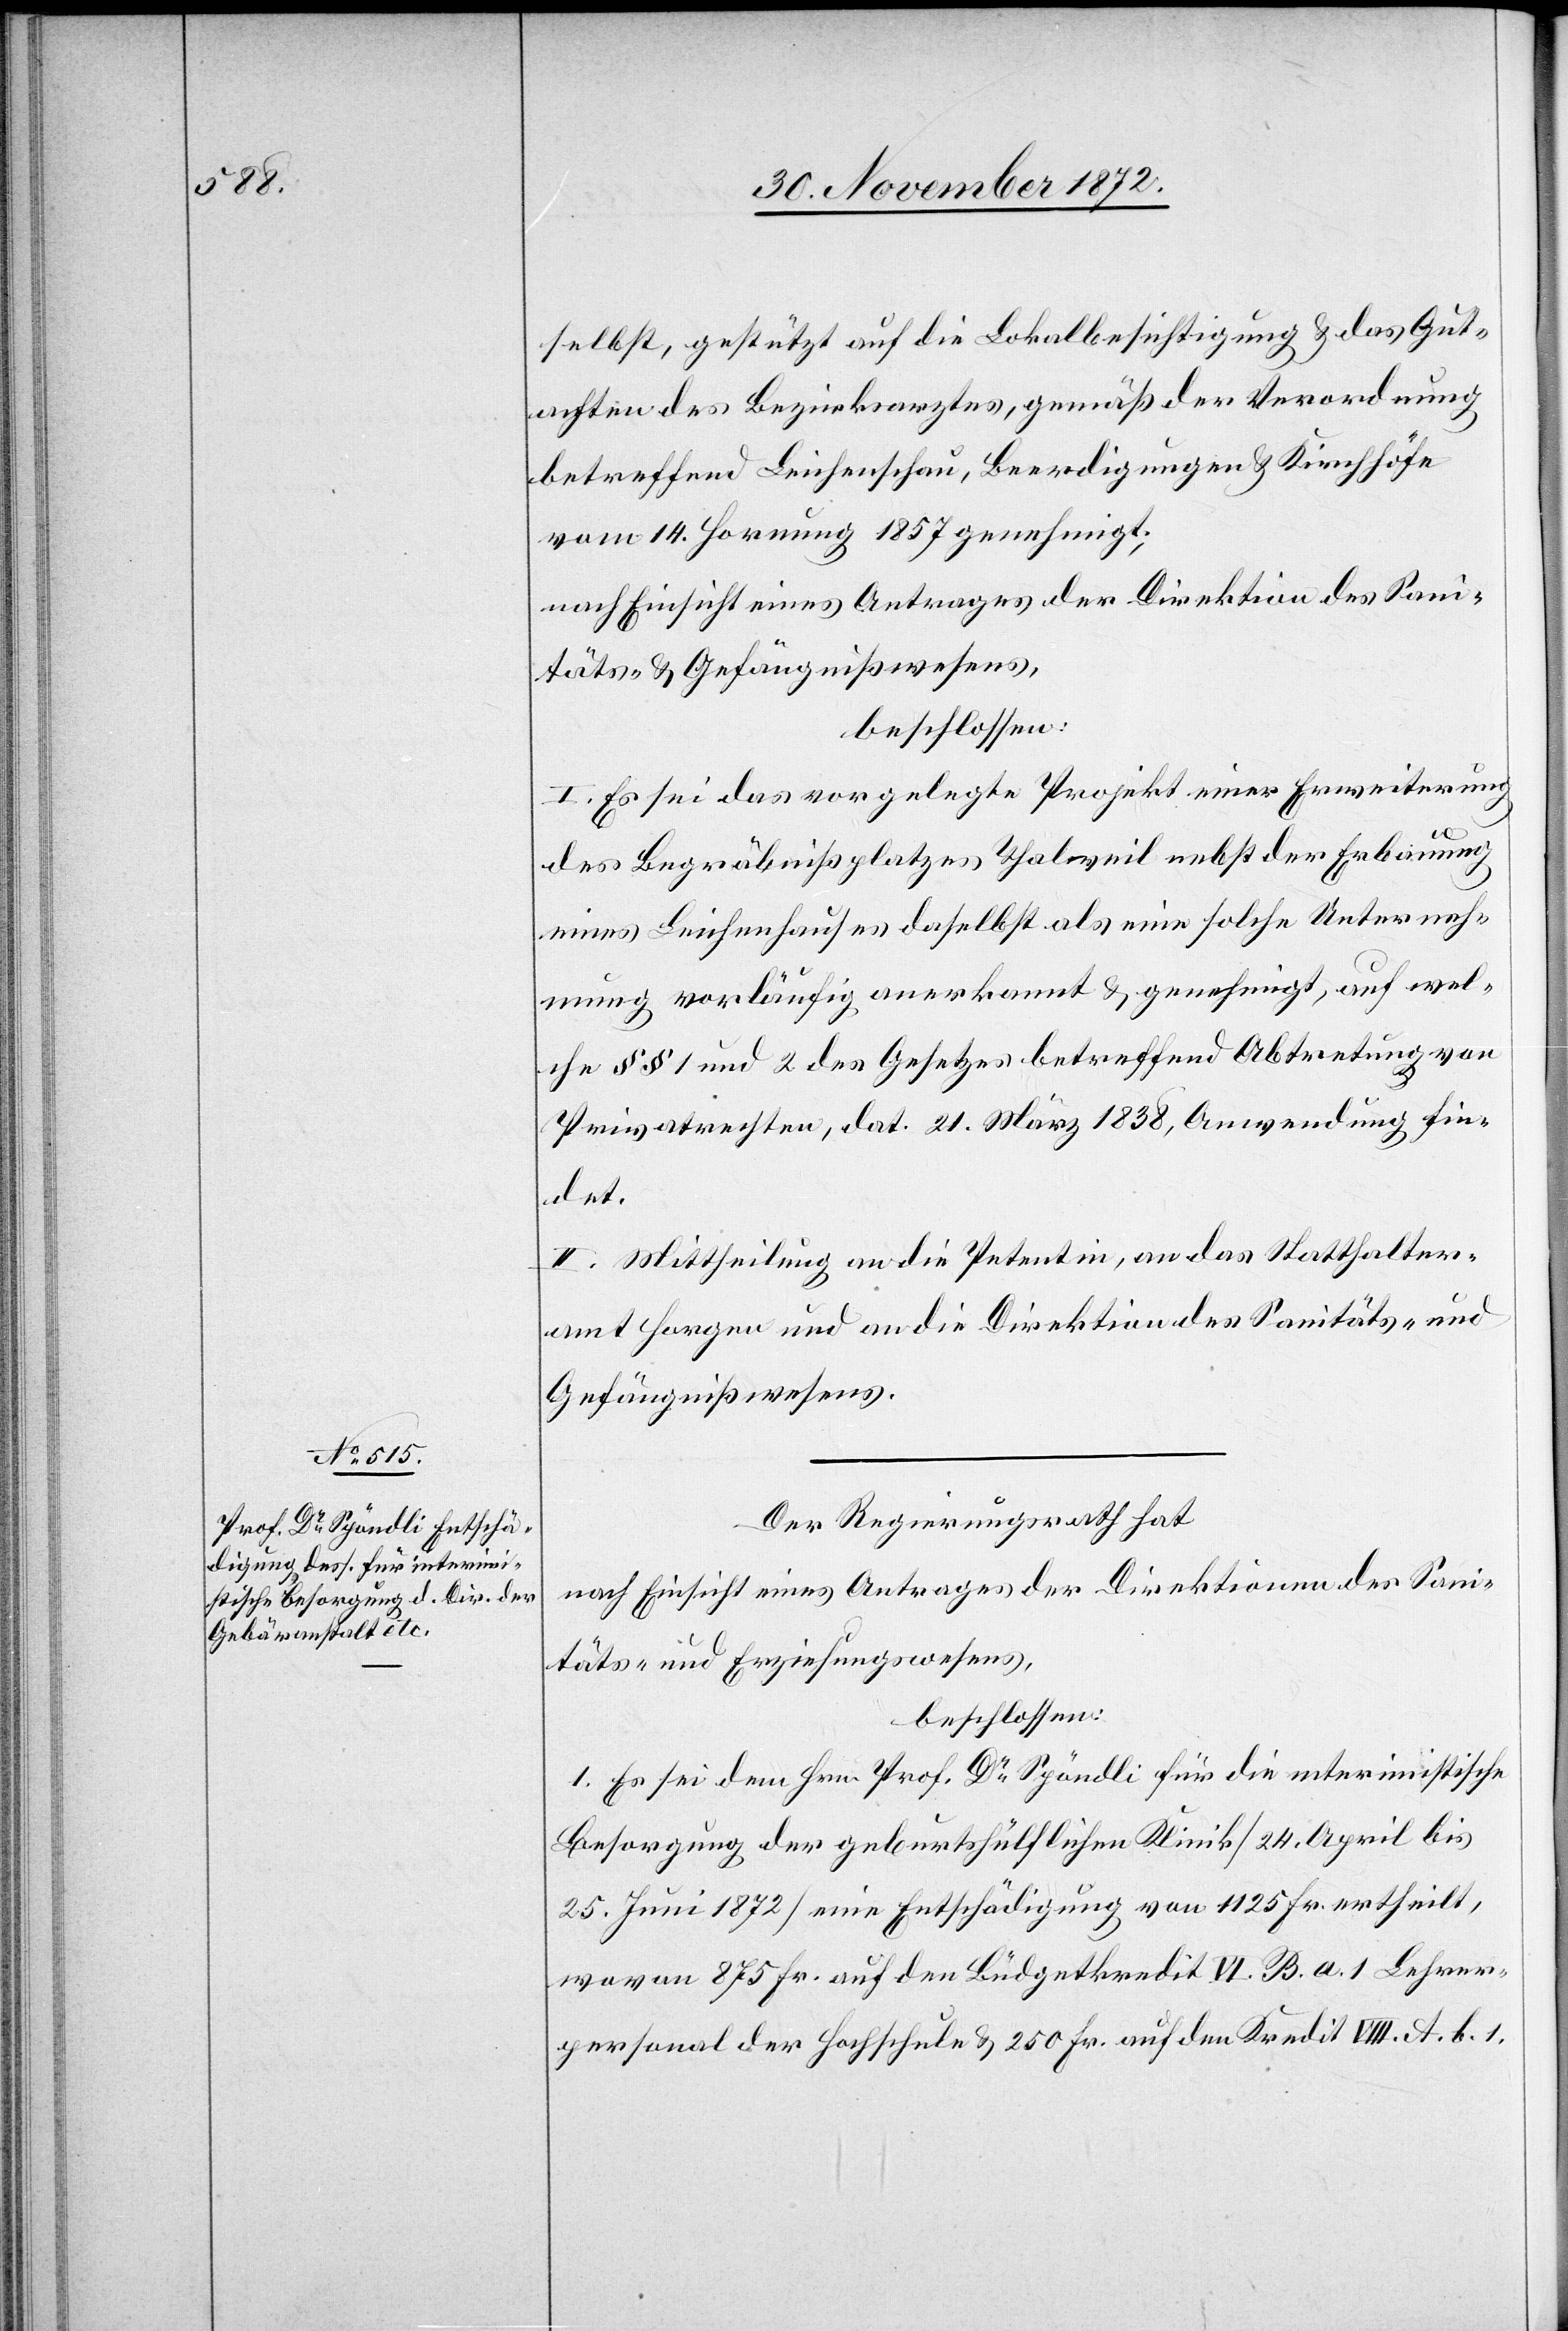
selbst, gestützt auf die Lokalbesichtigung u. das Gut¬
achten des Bezirksarztes, gemäß der Verordnung
betreffend Leichenschau, Beerdigungen u. Kirchhöfe
vom 14. Hornung 1857 genehmigt;
nach Einsicht eines Antrages der Direktion des Sani¬
täts- u. Gefängnißwesens,
beschlossen:
I. Es sei das vorgelegte Projekt einer Erweiterung
des Begräbnißplatzes Thalweil nebst der Erbauung
eines Leichenhauses daselbst als eine solche Unterneh¬
mung vorläufig anerkannt u. genehmigt, auf wel¬
che §§ 1 und 2 des Gesetzes betreffend Abtretung von
Privatrechten, dat. 21. März 1838, Anwendung fin¬
det.
II. Mittheilung an die Petentin, an das Statthalter¬
amt Horgen und an die Direktion des Sanitäts- u.
Gefängnißwesens.